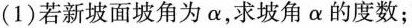
(1)若新坡面坡角为α，求坡角α的度数；